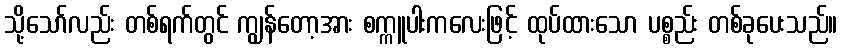
သို့သော်လည်း တစ်ရက်တွင် ကျွန်တော့အား စက္ကူပါးကလေးဖြင့် ထုပ်ထားသော ပစ္စည်း တစ်ခုပေးသည်။